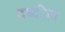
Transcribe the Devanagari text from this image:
दब्दील